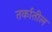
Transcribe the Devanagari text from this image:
तर्कातील